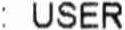
: USER